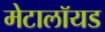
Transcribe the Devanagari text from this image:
मेटालॉयड